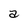
Character: a